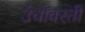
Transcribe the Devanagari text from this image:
उंचावरती